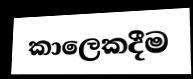
කාලෙකදීම